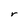
Character: r